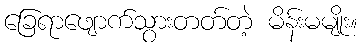
ခြေရာဖျောက်သွားတတ်တဲ့ မိန်းမမျိုး။